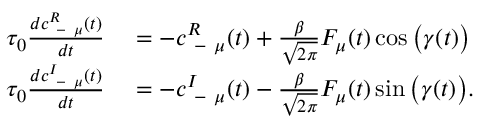
\begin{array} { r l } { \tau _ { 0 } \frac { d c _ { \mathrm { ~ - ~ } \mu } ^ { R } ( t ) } { d t } } & { { } = - c _ { \mathrm { ~ - ~ } \mu } ^ { R } ( t ) + \frac { \beta } { \sqrt { 2 \pi } } F _ { \mu } ( t ) \cos \big ( \gamma ( t ) \big ) } \\ { \tau _ { 0 } \frac { d c _ { \mathrm { ~ - ~ } \mu } ^ { I } ( t ) } { d t } } & { { } = - c _ { \mathrm { ~ - ~ } \mu } ^ { I } ( t ) - \frac { \beta } { \sqrt { 2 \pi } } F _ { \mu } ( t ) \sin \big ( \gamma ( t ) \big ) . } \end{array}